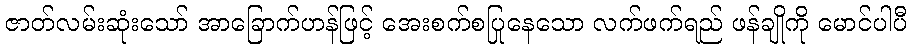
ဇာတ်လမ်းဆုံးသော် အာခြောက်ဟန်ဖြင့် အေးစက်စပြုနေသော လက်ဖက်ရည် ဖန်ချိုကို မောင်ပါပီ